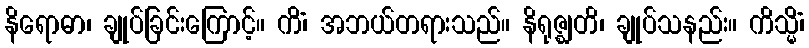
နိရောဓာ၊ ချုပ်ခြင်းကြောင့်။ ကိံ၊ အဘယ်တရားသည်။ နိရုဇ္ဈတိ၊ ချုပ်သနည်း။ ကိသ္မိံ၊